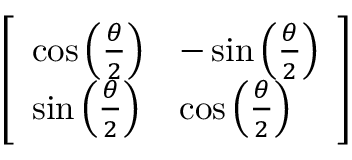
\left[ \begin{array} { l l } { \cos \left( { \frac { \theta } { 2 } } \right) } & { - \sin \left( { \frac { \theta } { 2 } } \right) } \\ { \sin \left( { \frac { \theta } { 2 } } \right) } & { \cos \left( { \frac { \theta } { 2 } } \right) } \end{array} \right]